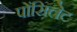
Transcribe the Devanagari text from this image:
पोंसिलेट